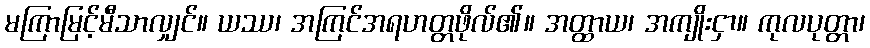
မကြာမြင့်မီသာလျှင်။ ယဿ၊ အကြင်အရဟတ္တဖိုလ်၏။ အတ္ထာယ၊ အကျိုးငှာ။ ကုလပုတ္တာ၊